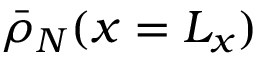
\bar { \rho } _ { N } ( x = L _ { x } )